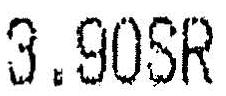
3.90SR